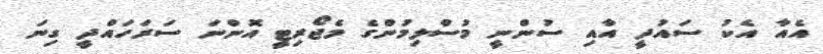
އެއާ އެކު ސައުދީ އާއި ސުންނީ މުސްލިމުންގެ މެޖޯރިޓީ އޮންނަ ސަރަހައްދީ ގިނަ